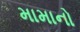
મામાનો